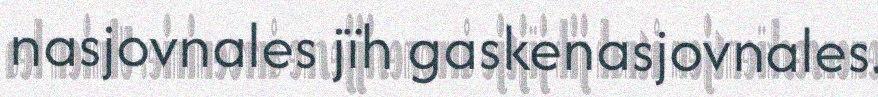
nasjovnales jïh gaskenasjovnales.